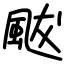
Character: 颰